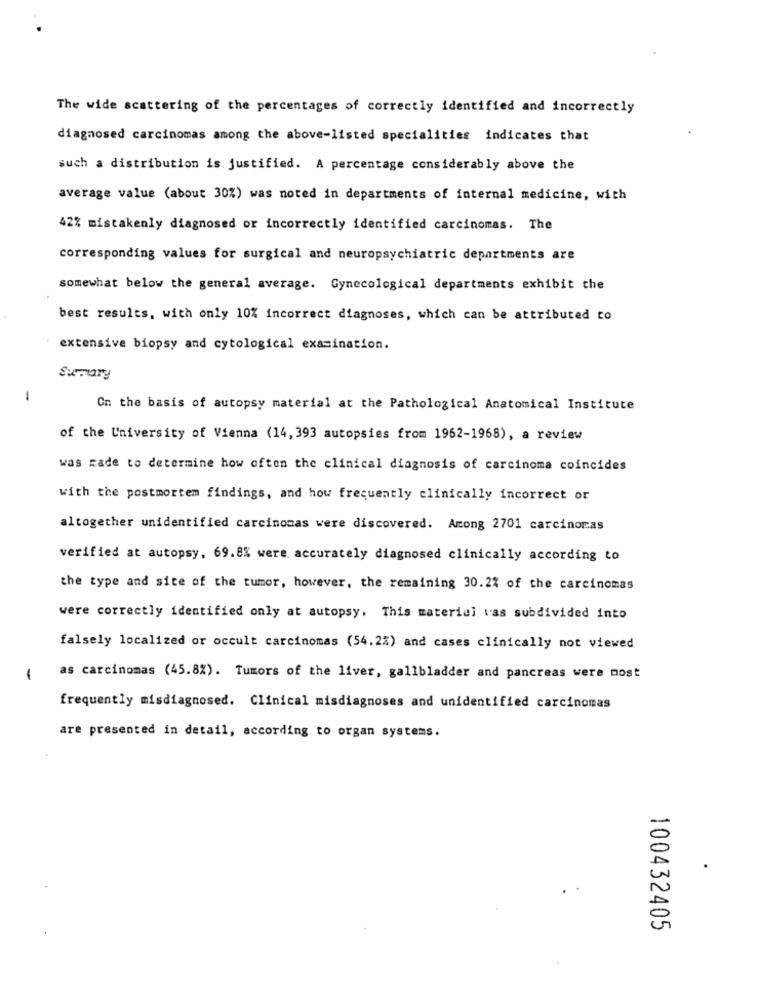
The wide scattering of the percentages of correctly identified and incorrectly
diagnosed carcinomas among the above-listed specialities indicates that
such a distribution is justified. A percentage considerably above the
average value (about 30%) was noted in departments of internal medicine, with
42% mistakenly diagnosed or incorrectly identified carcinomas. The
corresponding values for surgical and neuropsychiatric departments are
somewhat below the general average. Gynecological departments exhibit the
best results, with only 10% incorrect diagnoses, which can be attributed to
extensive biopsy and cytological examination.
Sumary
1
On the basis of autopsy material at the Pathological Anatomical Institute
of the University of Vienna (14, 393 autopsies from 1962-1968), a review
was made to determine how often the clinical diagnosis of carcinoma coincides
with the postmortem findings, and how frequently clinically incorrect or
altogether unidentified carcinomas were discovered. Among 2701 carcinomas
verified at autopsy, 69.8% were accurately diagnosed clinically according to
the type and site of the tumor, however, the remaining 30.2% of the carcinomas
were correctly identified only at autopsy, This material vas subdivided into
falsely localized or occult carcinomas (54.2%) and cases clinically not viewed
1
as carcinomas (45.8%). Tumors of the liver, gallbladder and pancreas were nost
frequently misdiagnosed. Clinical misdiagnoses and unidentified carcinomas
are presented in detail, according to organ systems.
100432405